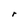
Character: r